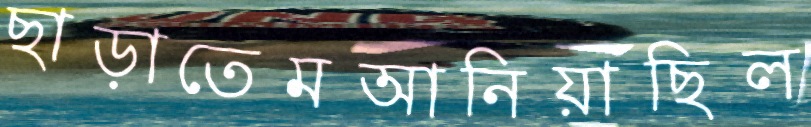
ছাড়াতেমআনিয়াছিল